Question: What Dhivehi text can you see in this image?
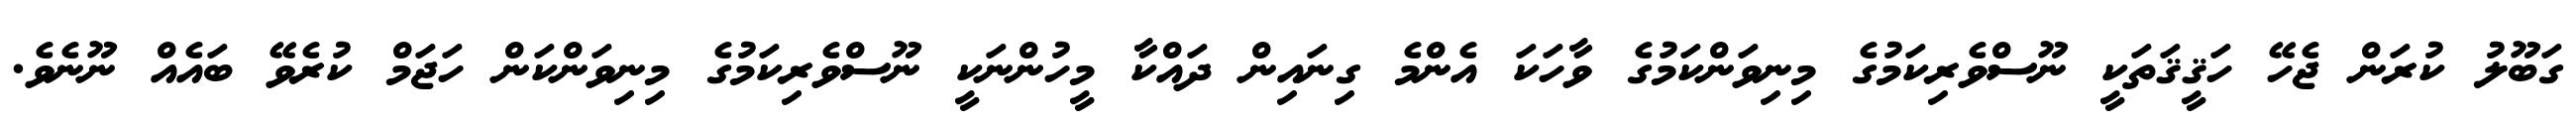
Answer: ގަބޫލު ކުރަން ޖެހޭ ހަޤީޤަތަކީ ނޫސްވެރިކަމުގެ މިނިވަންކަމުގެ ވާހަކަ އެންމެ ގިނައިން ދައްކާ މީހުންނަކީ ނޫސްވެރިކަމުގެ މިނިވަންކަން ހަޖަމް ކުރެވޭ ބައެއް ނޫނެވެ.